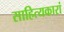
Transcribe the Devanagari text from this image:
साहित्यकारां